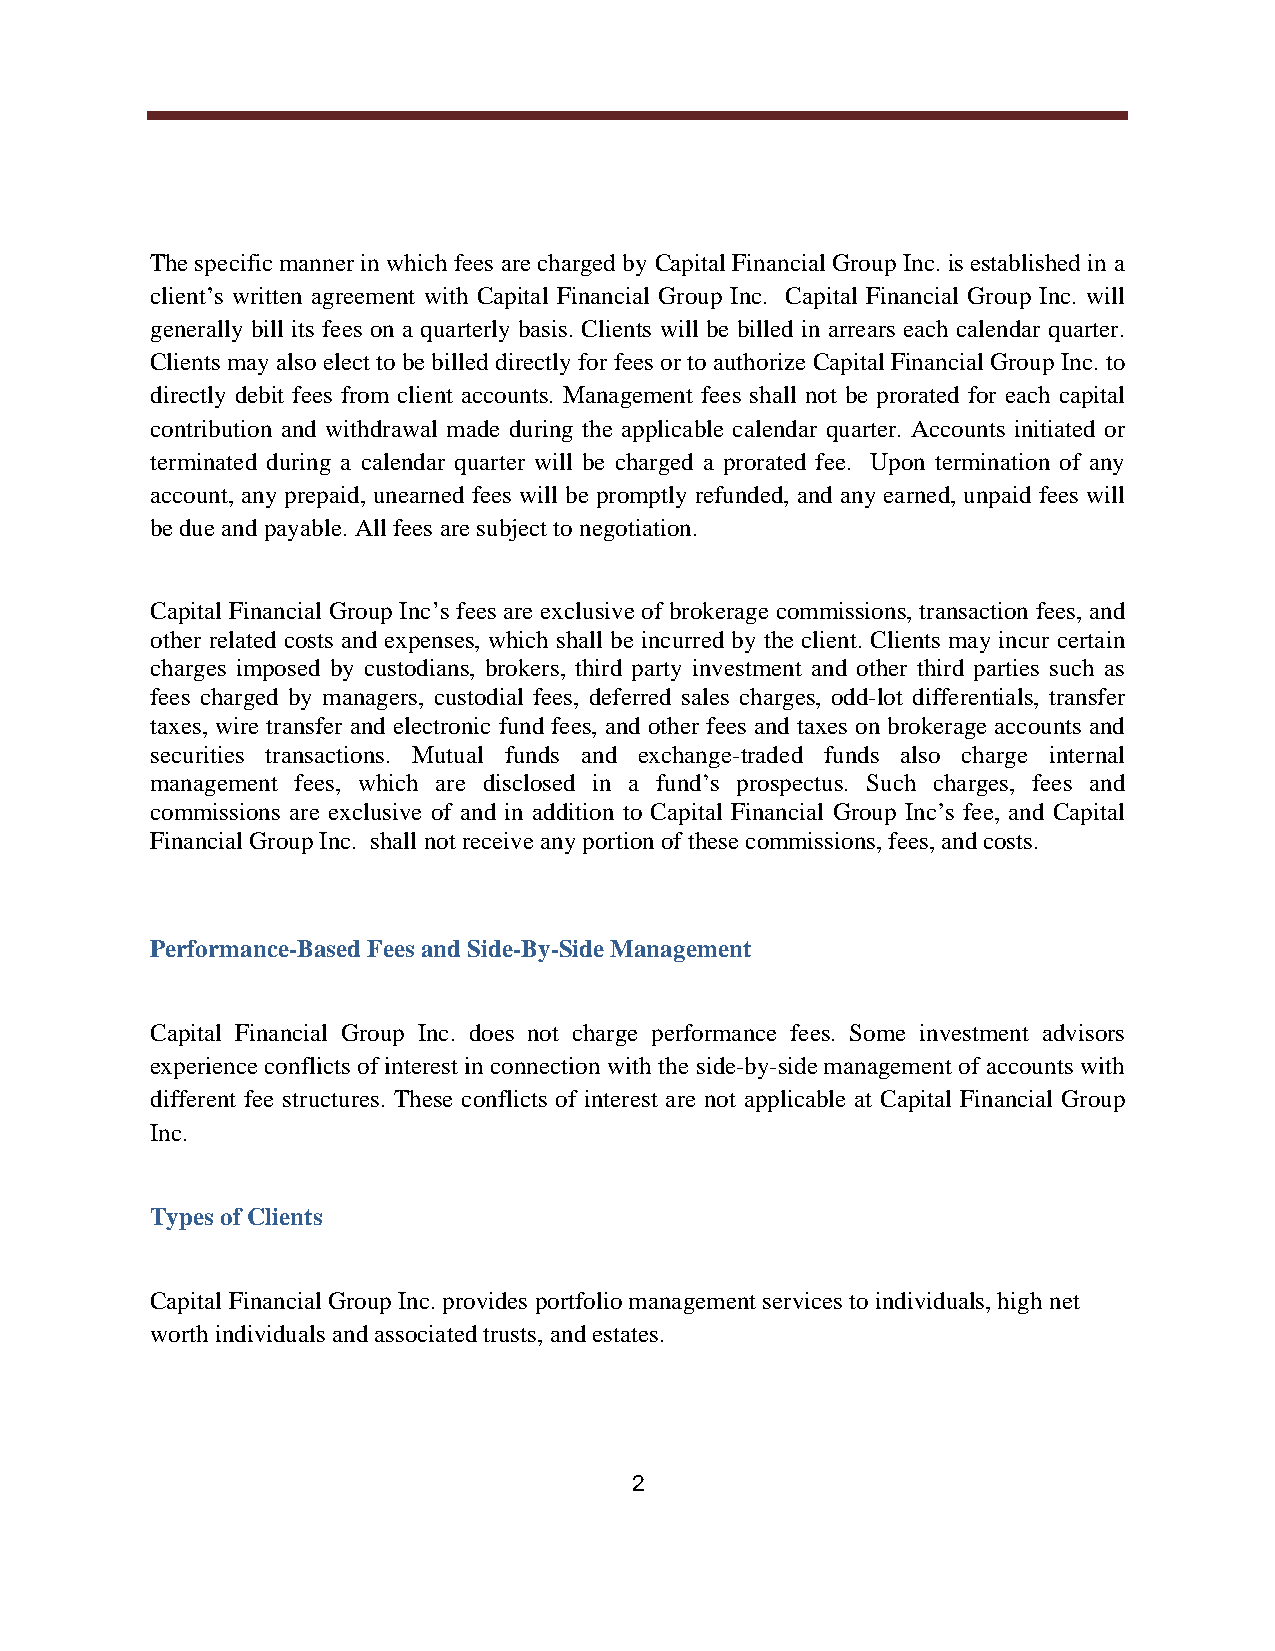
The specific manner in which fees are charged by Capital Financial Group Inc. is established in a
 client s written agreement with Capital Financial Group Inc. Capital Financial Group Inc. will
 generally bill its fees on a quarterly basis. Clients will be billed in arrears each calendar quarter.
 Clients may also elect to be billed directly for fees or to authorize Capital Financial Group Inc. to
 directly debit fees from client accounts. Management fees shall not be prorated for each capital
 contribution and withdrawal made during the applicable calendar quarter. Accounts initiated or
 terminated during a calendar quarter will be charged a prorated fee. Upon termination of any
 account, any prepaid, unearned fees will be promptly refunded, and any earned, unpaid fees will
 be due and payable. All fees are subject to negotiation.
 Capital Financial Group Inc s fees are exclusive of brokerage commissions, transaction fees, and
 other related costs and expenses, which shall be incurred by the client. Clients may incur certain
 charges imposed by custodians, brokers, third party investment and other third parties such as
 fees charged by managers, custodial fees, deferred sales charges, odd-lot differentials, transfer
 taxes, wire transfer and electronic fund fees, and other fees and taxes on brokerage accounts and
 securities transactions. Mutual funds and exchange-traded funds also charge internal
 management fees, which are disclosed in a fund s prospectus. Such charges, fees and
 commissions are exclusive of and in addition to Capital Financial Group Inc s fee, and Capital
 Financial Group Inc. shall not receive any portion of these commissions, fees, and costs.
 Performance-Based Fees and Side-By-Side Management
 Capital Financial Group Inc. does not charge performance fees. Some investment advisors
 experience conflicts of interest in connection with the side-by-side management of accounts with
 different fee structures. These conflicts of interest are not applicable at Capital Financial Group
 Inc.
 Types of Clients
 Capital Financial Group Inc. provides portfolio management services to individuals, high net
 worth individuals and associated trusts, and estates.
 2